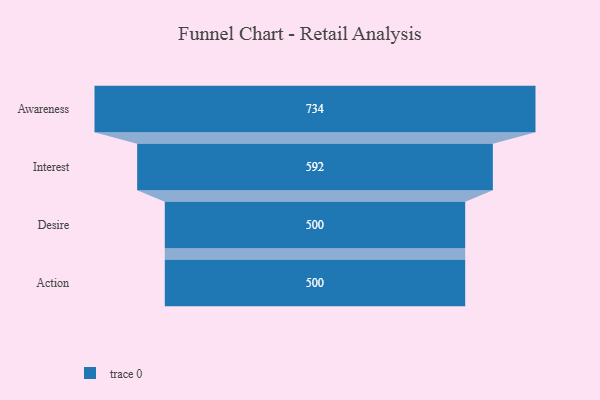
{"axis": {"x": "Stage", "y": "Value"}, "legend": [""], "data": [{"x": "Awareness", "y": 734.0, "type": ""}, {"x": "Interest", "y": 592.0, "type": ""}, {"x": "Desire", "y": 500, "type": ""}, {"x": "Action", "y": 500, "type": ""}]}